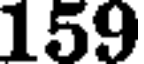
159